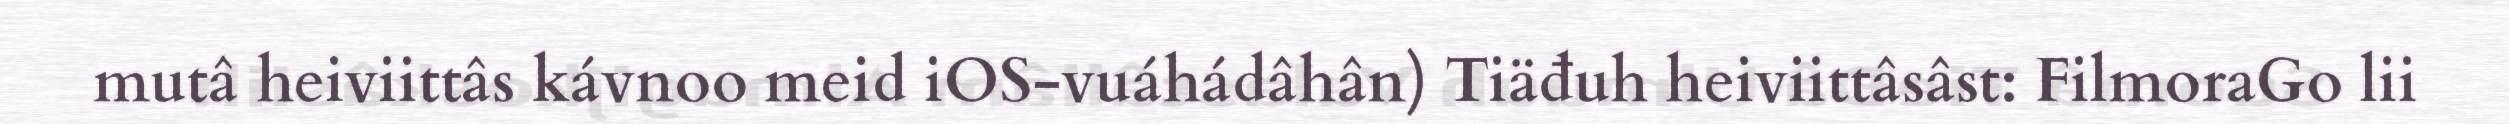
mutâ heiviittâs kávnoo meid iOS-vuáhádâhân) Tiäđuh heiviittâsâst: FilmoraGo lii